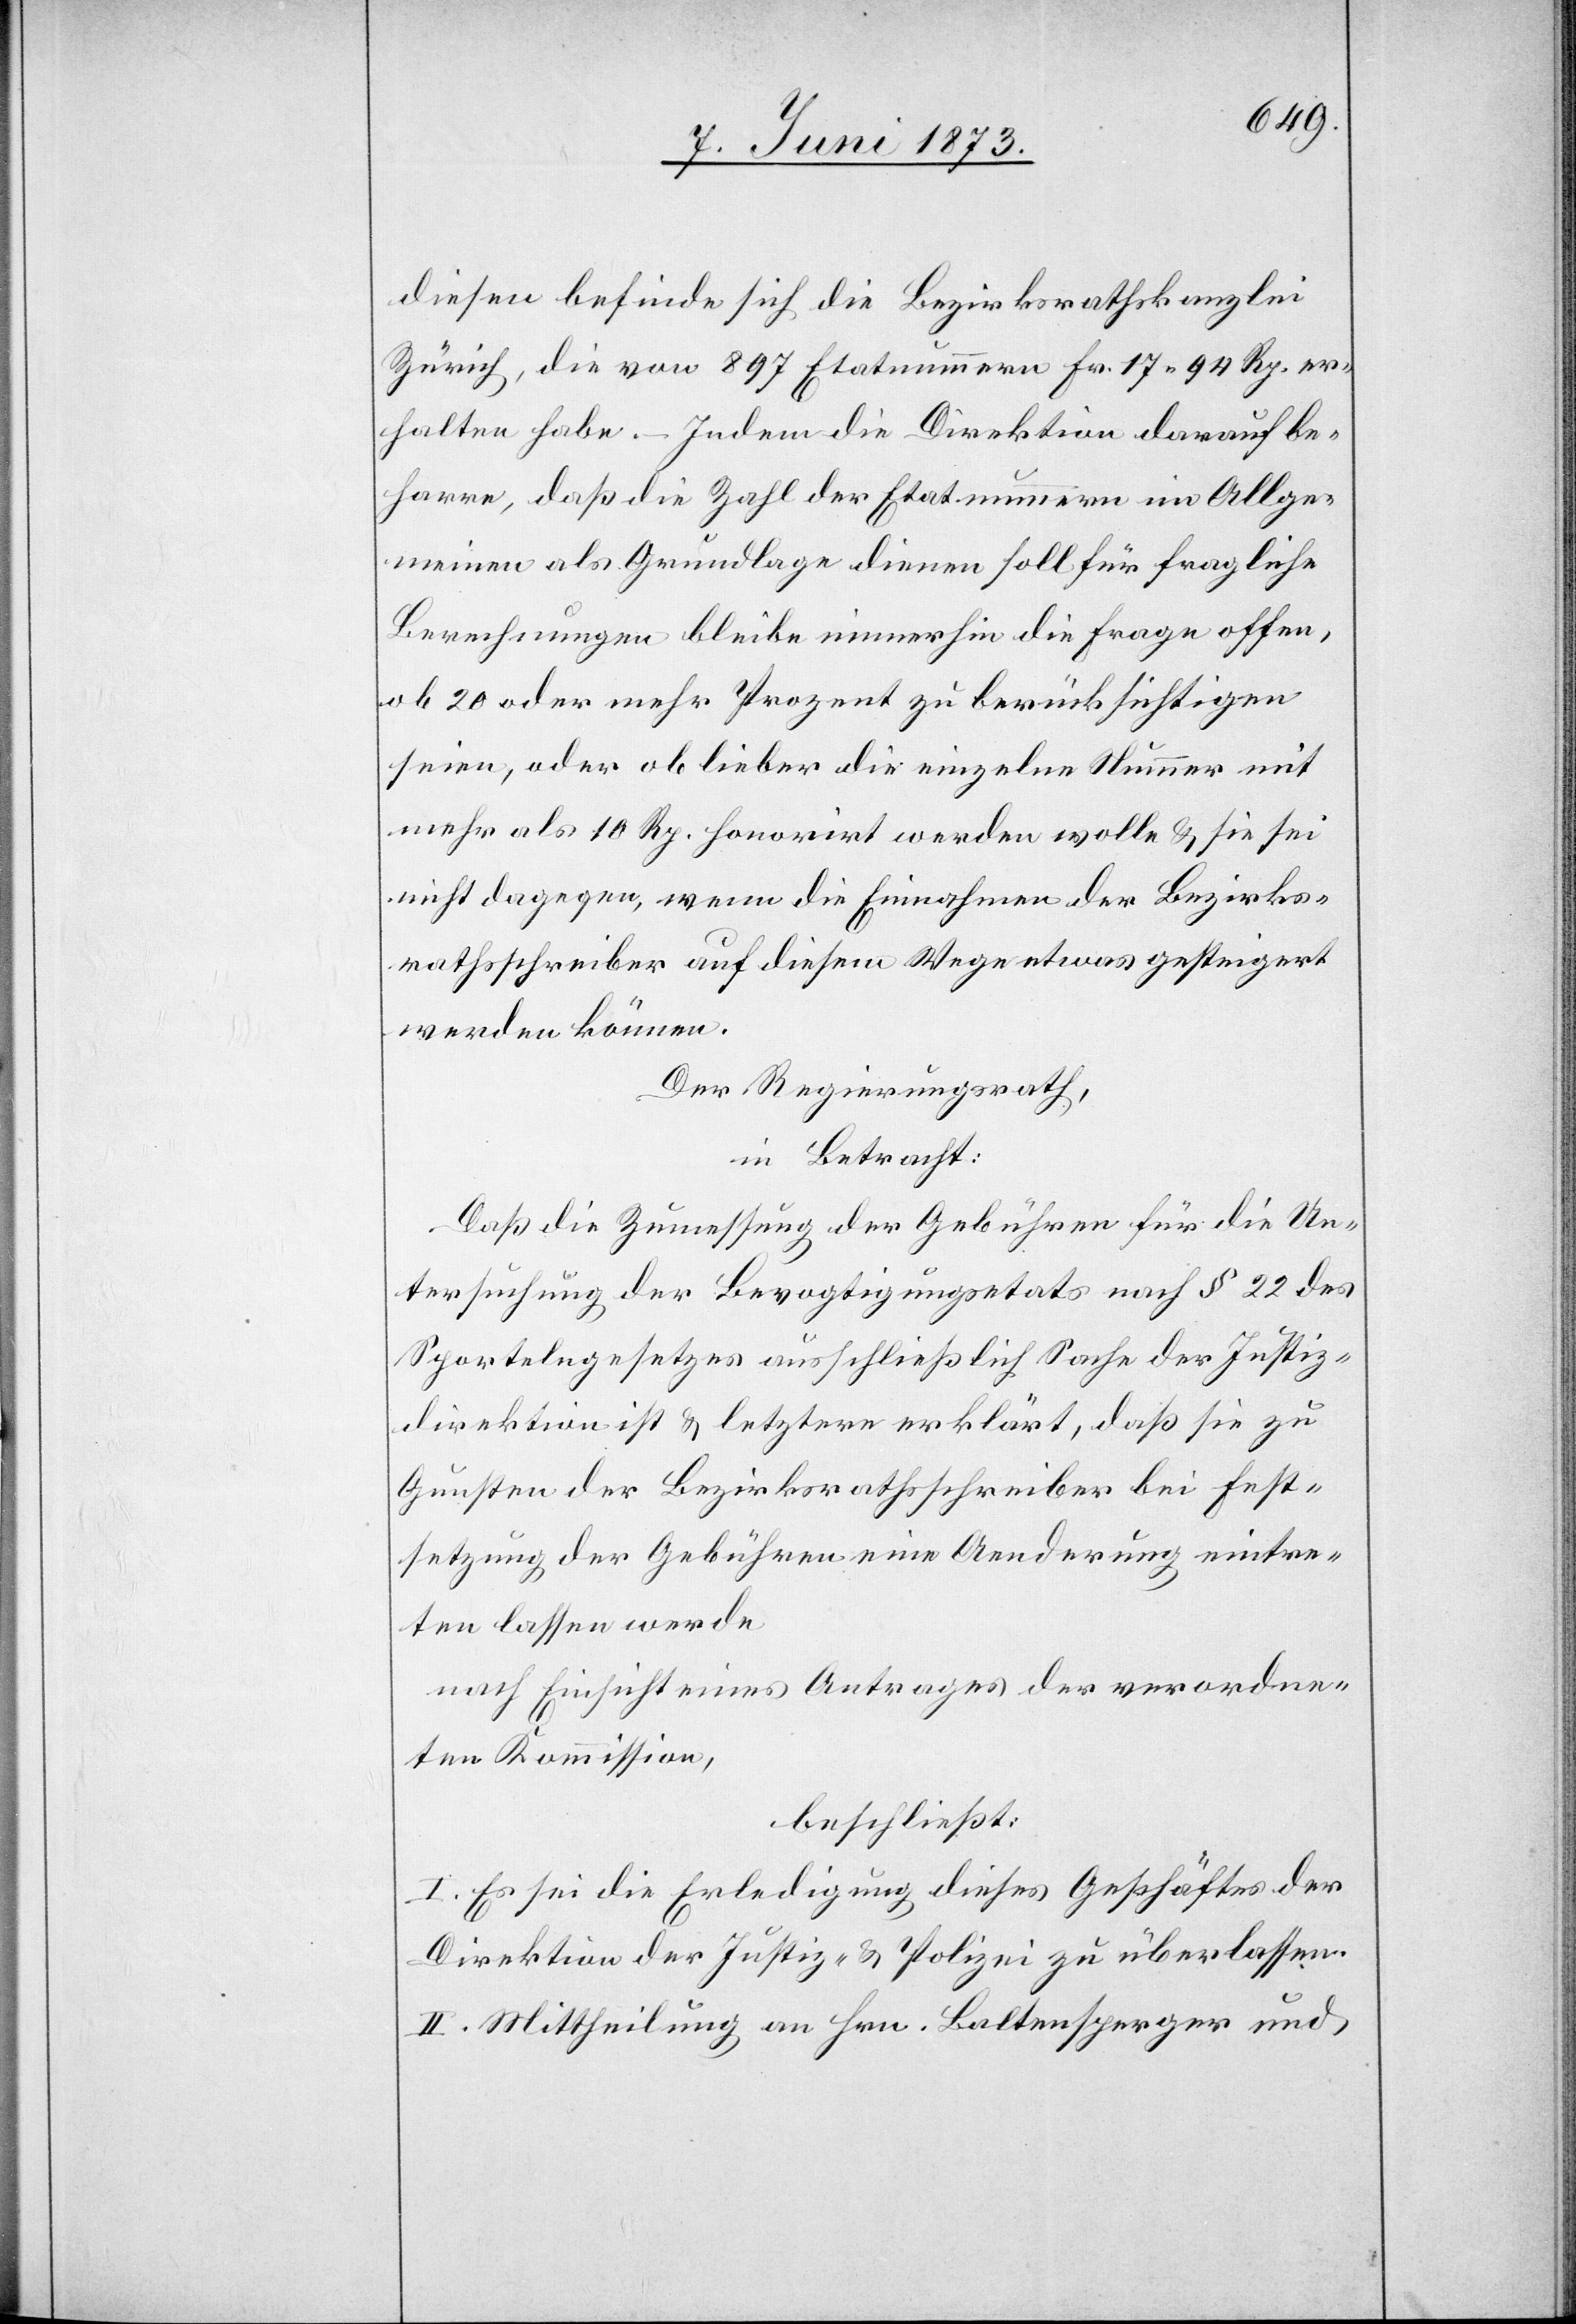
diesen befinde sich die Bezirksrathskanzlei
Zürich, die von 897 Etatnummern Fr. 17 94 Rp. er¬
halten habe. – Indem die Direktion darauf be¬
harre, daß die Zahl der Etatnummern im Allge¬
meinen als Grundlage dienen soll für fragliche
Berechnungen bleibe immerhin die Frage offen,
ob 20 oder mehr Prozent zu berücksichtigen
seien, oder ob lieber die einzelne Nummer mit
mehr als 10 Rp. honorirt werden wolle & sie sei
nicht dagegen, wenn die Einnahmen der Bezirks¬
rathsschreiber auf diesem Wege etwas gesteigert
werden können.
Der Regierungsrath,
in Betracht:
Daß die Zumessung der Gebühren für die Un¬
tersuchung der Bevogtigungsetats nach § 22 des
Sportelngesetzes ausschließlich Sache der Justiz¬
direktion ist & letztere erklärt, daß sie zu
Gunsten der Bezirksrathsschreiber bei Fest¬
setzung der Gebühren eine Aenderung eintre¬
ten lassen werde
nach Einsicht eines Antrages der verordne¬
ten Kommission,
beschließt:
I. Es sei die Erledigung dieses Geschäftes der
Direktion der Justiz- [sic!] & Polizei zu überlassen.
II. Mittheilung an Hrn. Baltensperger und